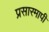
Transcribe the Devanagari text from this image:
प्रसारमापी